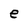
Character: e